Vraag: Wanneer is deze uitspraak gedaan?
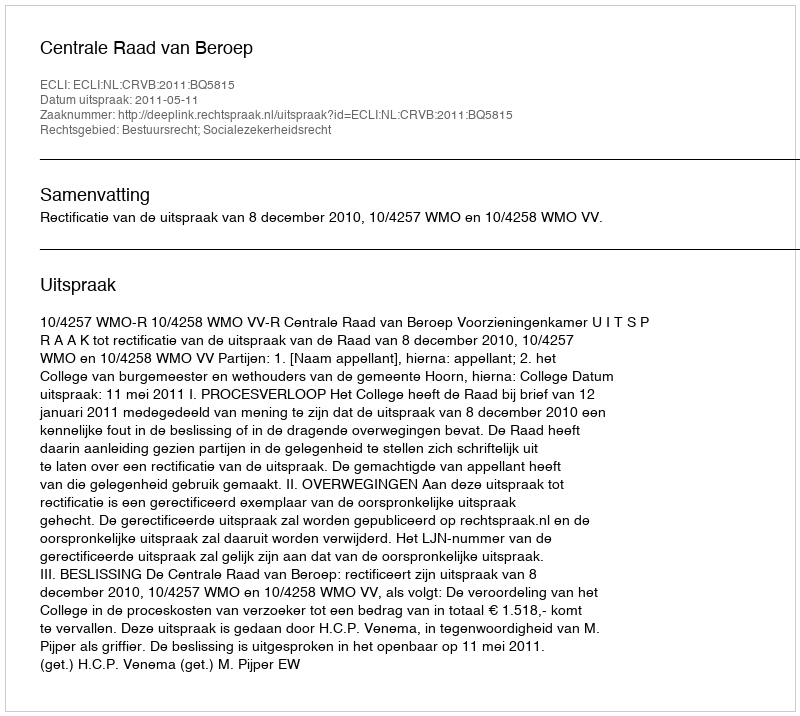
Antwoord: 2011-05-11